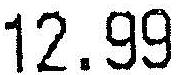
12.99